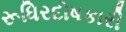
રૂધિરદોષકારી